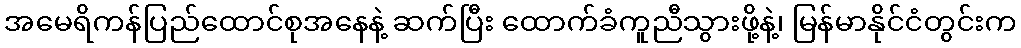
အမေရိကန်ပြည်ထောင်စုအနေနဲ့ ဆက်ပြီး ထောက်ခံကူညီသွားဖို့နဲ့၊ မြန်မာနိုင်ငံတွင်းက